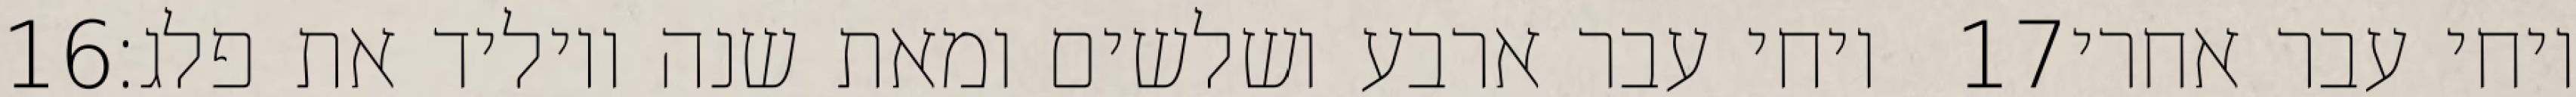
‎16‏ ויחי עבר ארבע ושלשים ומאת שנה ויוליד את פלג׃ ‎17‏ ויחי עבר אחרי